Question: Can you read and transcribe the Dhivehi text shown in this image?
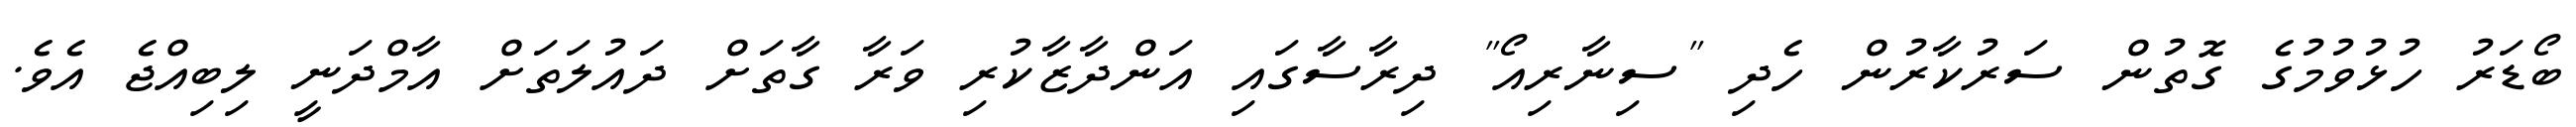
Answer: ބޯޑަރު ހުޅުވުމުގެ ގޮތުން ސަރުކާރުން ހެދި "ސިނާރިއޯ" ދިރާސާގައި އަންދާޒާކުރި ވަރާ ގާތަށް ދައުލަތަށް އާމްދަނީ ލިބިއްޖެ އެވެ.